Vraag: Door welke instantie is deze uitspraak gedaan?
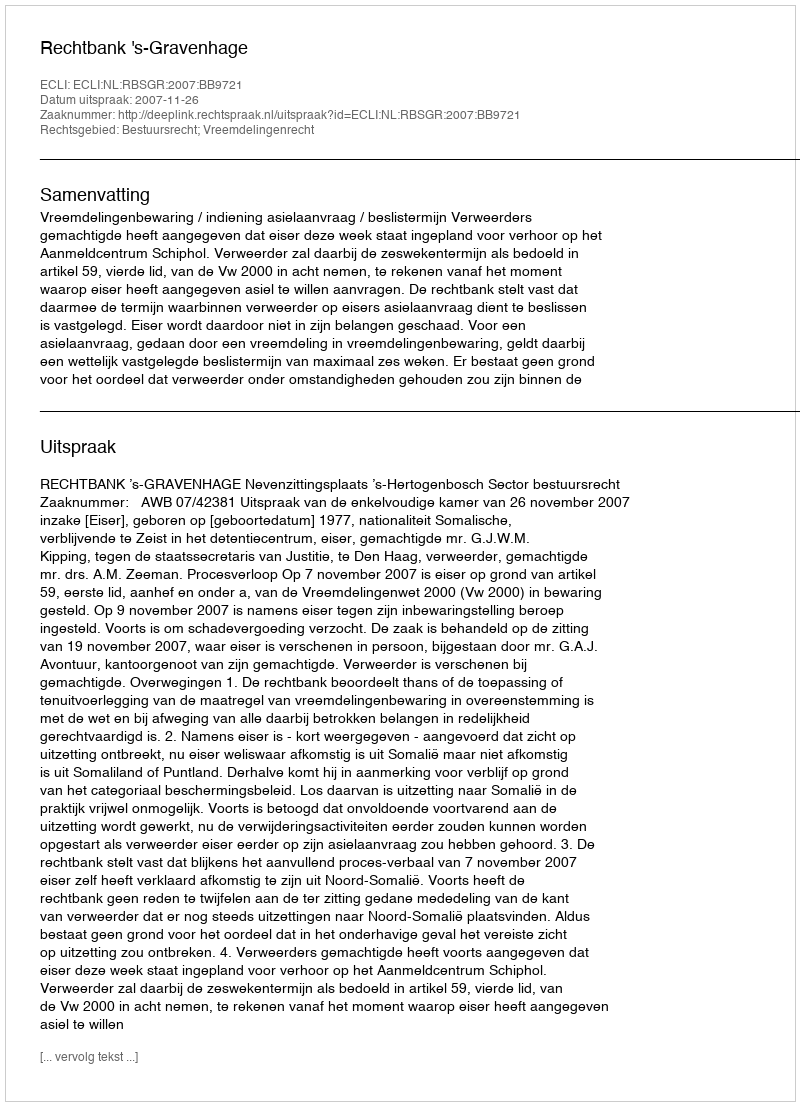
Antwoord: Rechtbank 's-Gravenhage